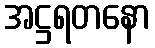
အဋ္ဌရတနော